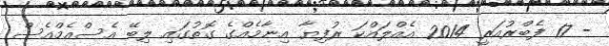
- 17 ފެބްރުއަރީ 2014 އެއްލައްކަ ރުފިޔާ އިނާމެއްގެ ގޮތުގައި ލިބޭ އެސްއެމްއެސް